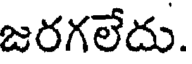
జరగలేదు.